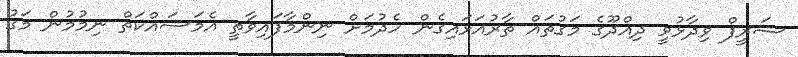
ޝަރީފް ވިދާޅުވީ ދިއްދޫގެ މަގުތައް ތާރުއަޅައިގެން ހެދުމަށް ނިންމާފައިވާތީ އެމަސައްކަތް ނިމުމުން މަގު